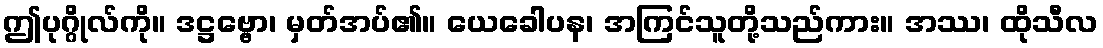
ဤပုဂ္ဂိုလ်ကို။ ဒဋ္ဌဗ္ဗော၊ မှတ်အပ်၏။ ယေခေါပန၊ အကြင်သူတို့သည်ကား။ အဿ၊ ထိုသီလ